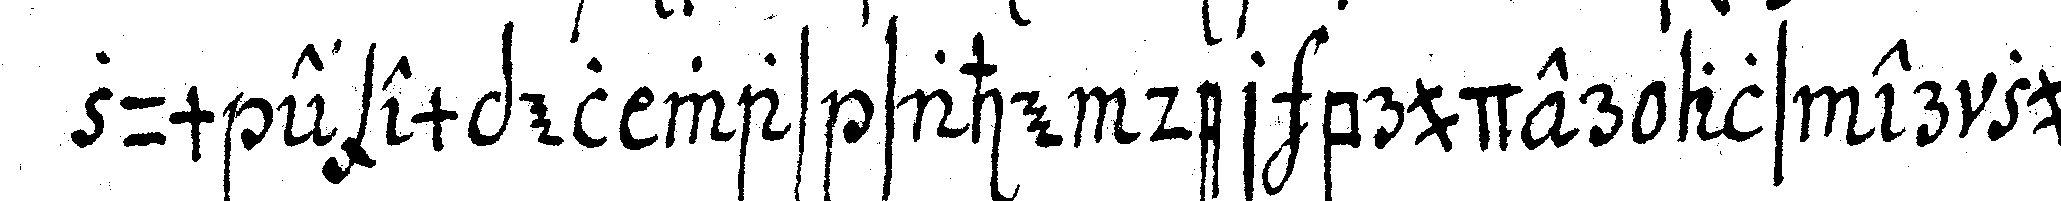
zum exempel was sahe der bruder als er zum